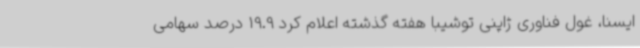
ایسنا، غول فناوری ژاپنی توشیبا هفته گذشته اعلام کرد 19.9 درصد سهامی